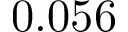
0 . 0 5 6